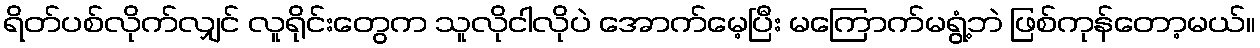
ရိတ်ပစ်လိုက်လျှင် လူရိုင်းတွေက သူလိုငါလိုပဲ အောက်မေ့ပြီး မကြောက်မရွံ့ဘဲ ဖြစ်ကုန်တော့မယ်။